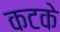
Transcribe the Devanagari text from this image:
कटके